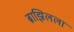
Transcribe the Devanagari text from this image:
ब्राझिलला